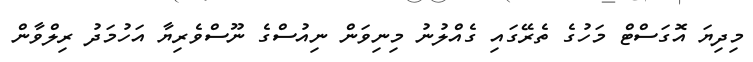
މިދިޔަ އޮގަސްޓް މަހުގެ ތެރޭގައި ގެއްލުނު މިނިވަން ނިއުސްގެ ނޫސްވެރިޔާ އަހުމަދު ރިލްވާން